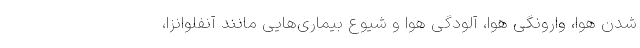
شدن هوا، وارونگی هوا، آلودگی هوا و شیوع بیماری‌هایی مانند آنفلوانزا،